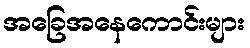
အခြေအနေကောင်းများ